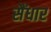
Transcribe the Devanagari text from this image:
सैंधार